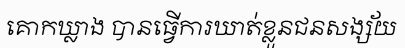
គោកឃ្លាង បានធ្វើការឃាត់ខ្លួនជនសង្ស័យ